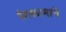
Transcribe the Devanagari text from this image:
रंगकामाचे